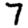
Digit: 7